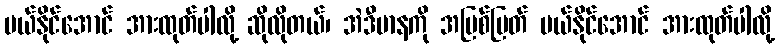
ပယ်နိုင်အောင် အားထုတ်ပါလို့ ဆိုလိုတယ်၊ အဲဒီမာနကို အမြစ်ပြတ် ပယ်နိုင်အောင် အားထုတ်ပါလို့